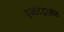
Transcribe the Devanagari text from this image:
एजोटेट्राज़ोल